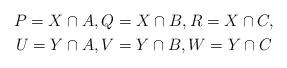
LaTeX: \begin{gather*}P=X\cap A,Q=X\cap B, R=X\cap C,\\ U=Y\cap A, V=Y\cap B, W=Y\cap C\end{gather*}